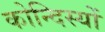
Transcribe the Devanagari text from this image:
कोन्दिस्यों